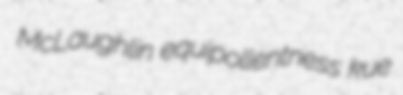
McLaughlin equipollentness kue